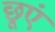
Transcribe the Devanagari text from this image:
छूएं